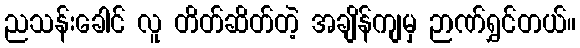
ညသန်းခေါင် လူ တိတ်ဆိတ်တဲ့ အချိန်ကျမှ ဉာဏ်ရွှင်တယ်။